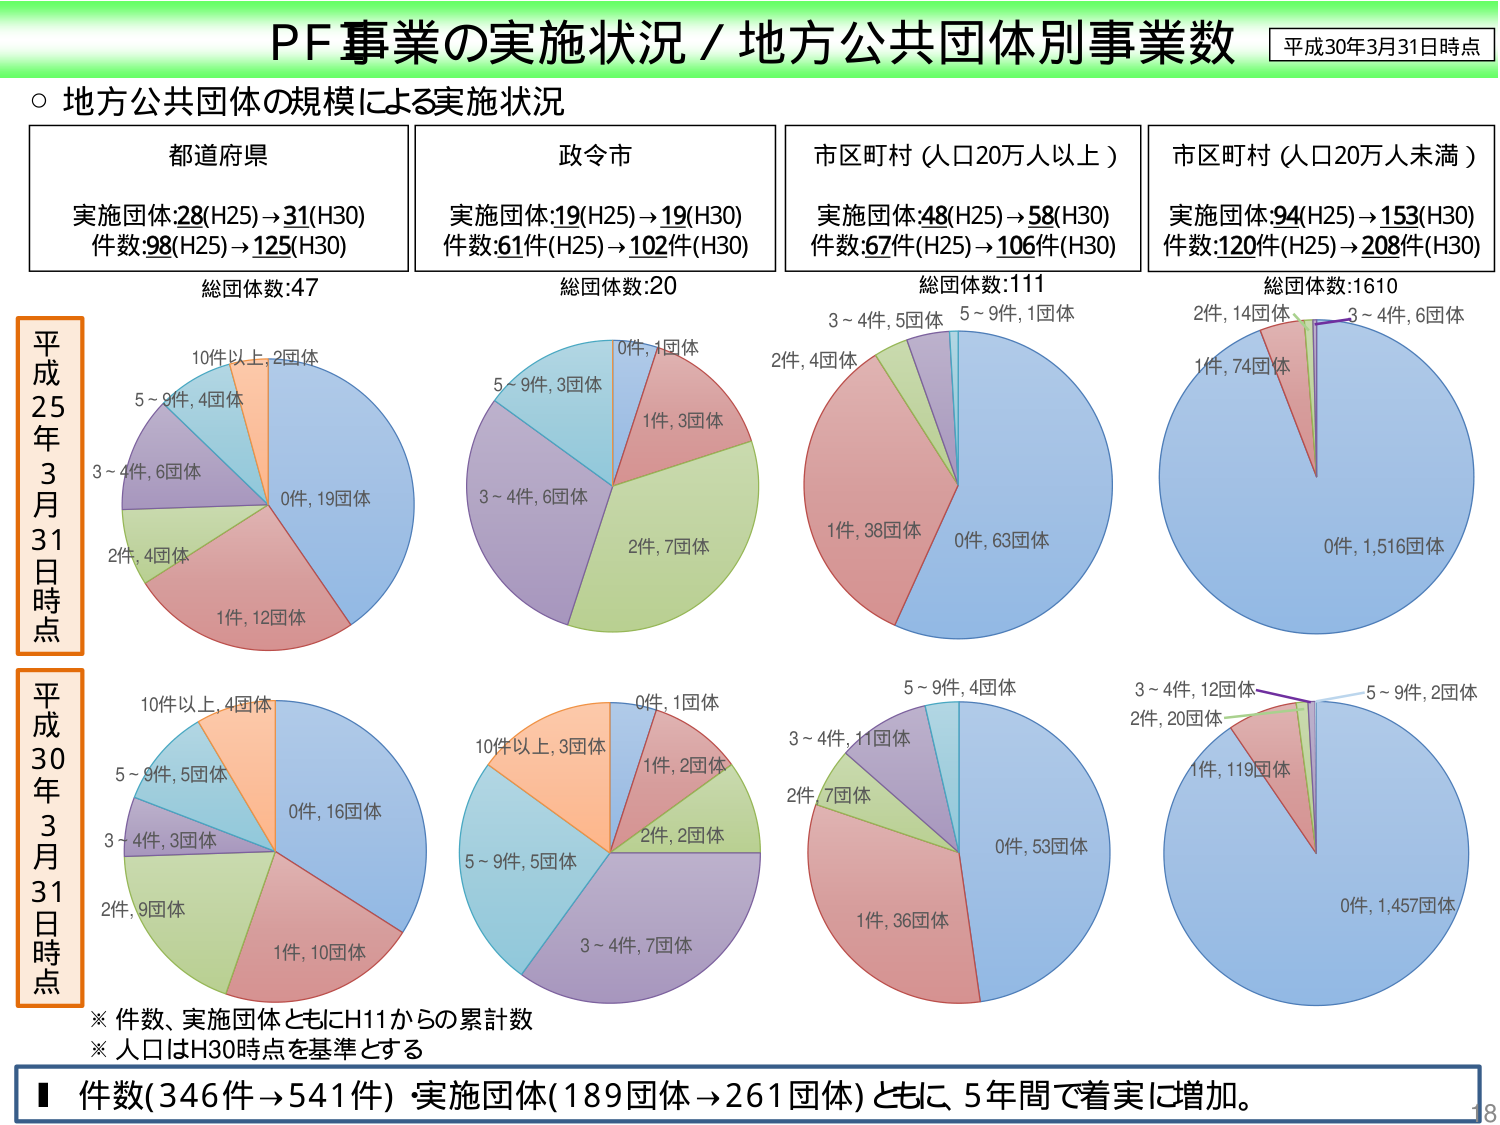
PF事業の実施状況／地方公共団体別事業数
平成30年3月31日時点

○ 地方公共団体の規模による実施状況

都道府県
実施団体:28(H25)→31(H30)
件数:98(H25)→125(H30)
総団体数:47

政令市
実施団体:19(H25)→19(H30)
件数:61件(H25)→102件(H30)
総団体数:20

市区町村（人口20万人以上）
実施団体:48(H25)→58(H30)
件数:67件(H25)→106件(H30)
総団体数:111

市区町村（人口20万人未満）
実施団体:94(H25)→153(H30)
件数:120件(H25)→208件(H30)
総団体数:1610

平成25年3月31日時点
0件, 19団体
1件, 12団体
2件, 4団体
3～4件, 6団体
5～9件, 4団体
10件以上, 2団体

平成30年3月31日時点
0件, 16団体
1件, 10団体
2件, 9団体
3～4件, 3団体
5～9件, 5団体
10件以上, 4団体

0件, 1団体
1件, 3団体
2件, 7団体
3～4件, 6団体
5～9件, 3団体

0件, 1団体
1件, 2団体
2件, 2団体
3～4件, 7団体
5～9件, 5団体
10件以上, 3団体

0件, 63団体
1件, 38団体
2件, 4団体
3～4件, 5団体
5～9件, 1団体

0件, 53団体
1件, 36団体
2件, 7団体
3～4件, 11団体
5～9件, 4団体

0件, 1,457団体
1件, 119団体
2件, 20団体
3～4件, 12団体
5～9件, 2団体
1件, 74団体
2件, 14団体
3～4件, 6団体
0件, 1,516団体

※ 件数、実施団体ともにH11からの累計数
※ 人口はH30時点を基準とする

■ 件数(346件→541件) 実施団体(189団体→261団体)ともに、5年間で着実に増加。

18